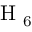
\mathrm { ~ H ~ } _ { 6 }